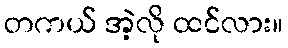
တကယ် အဲ့လို ထင်လား။